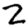
Digit: 2